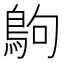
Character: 𪀊